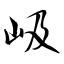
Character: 岋